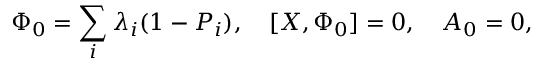
\Phi _ { 0 } = \sum _ { i } \lambda _ { i } ( 1 - P _ { i } ) , \quad [ X , \Phi _ { 0 } ] = 0 , \quad A _ { 0 } = 0 ,